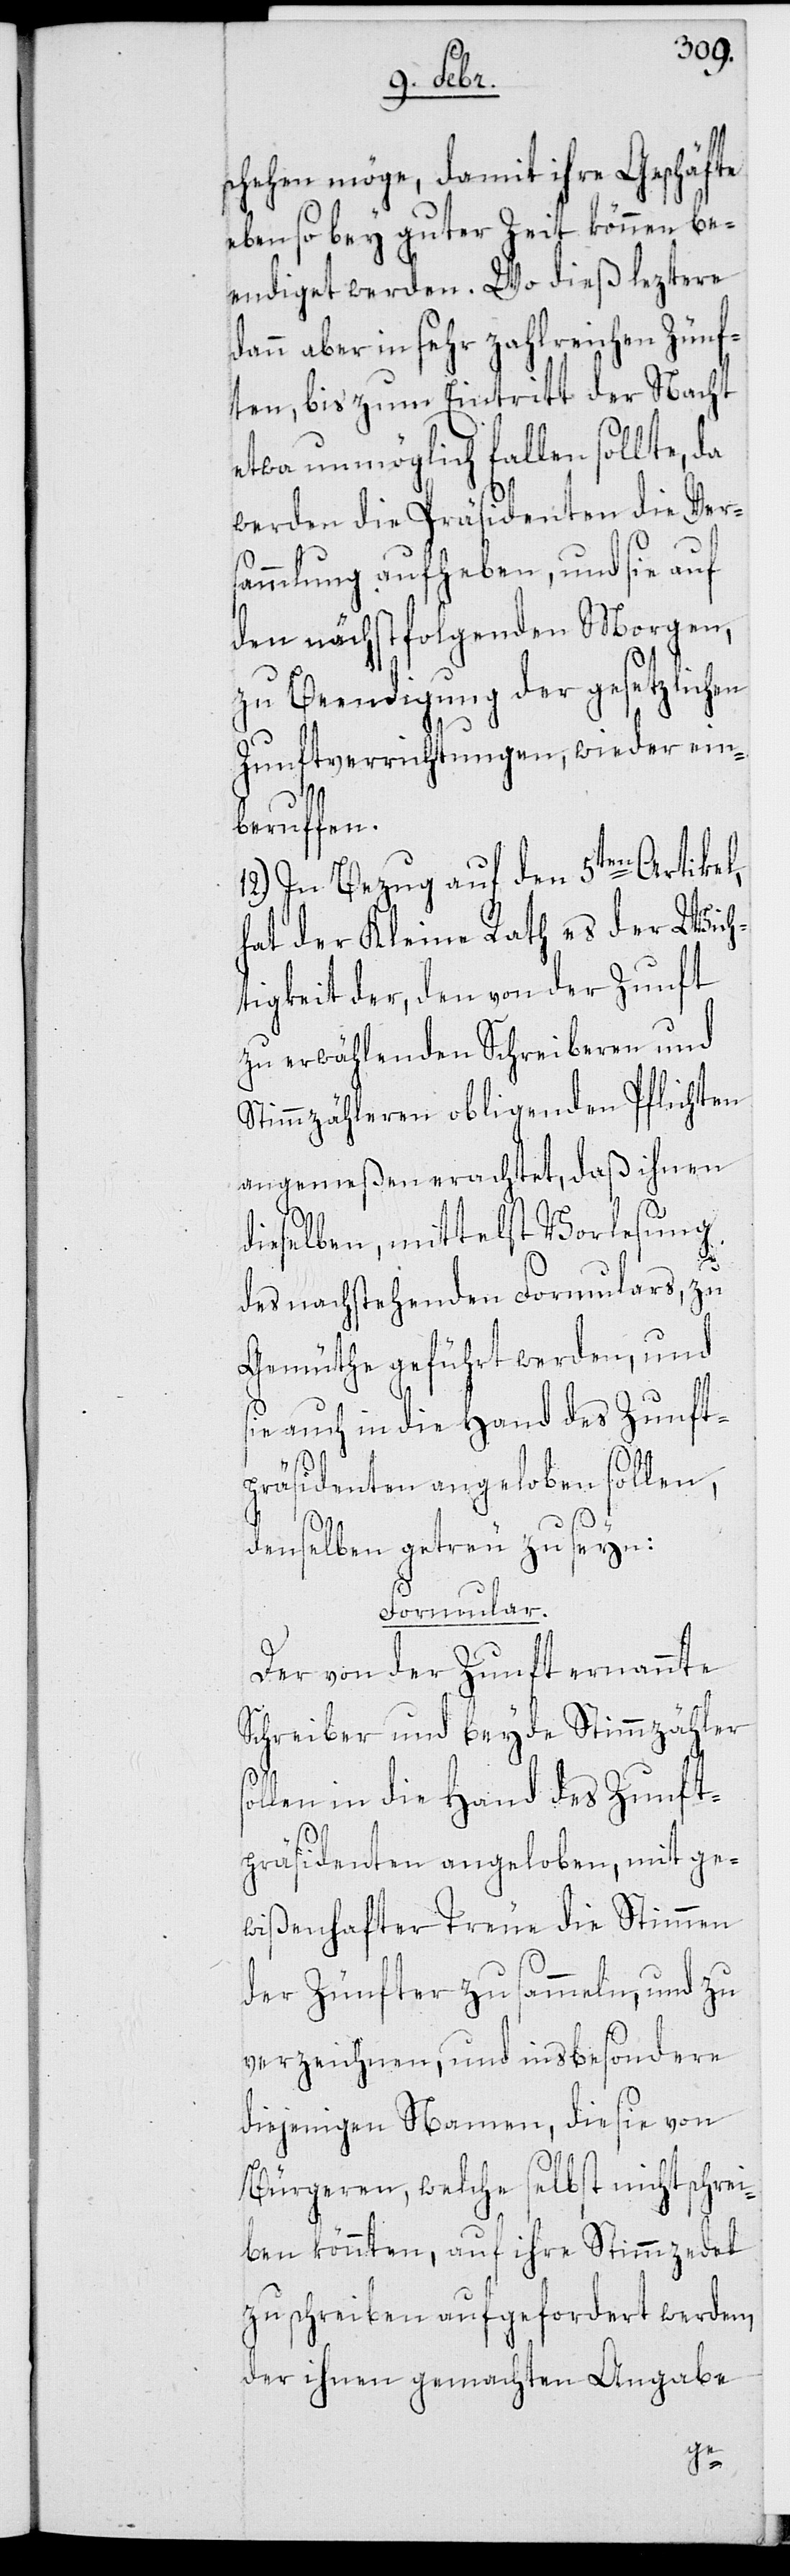
chehen möge, damit ihre Geschäfte
eben so bey guter Zeit können be¬
endiget werden. Wo dieß leztere
dann aber in sehr zahlreichen Zünf¬
ten, bis zum Eintritt der Nacht
etwa unmöglich fallen sollte, da
werden die Präsidenten die Vers¬
ammlung aufheben, und sie auf
den nächstfolgenden Morgen,
zu Beendigung der gesetzlichen
Zunftverrichtungen, wieder ein¬
beruffen.
12.) In Bezug auf den 5ten Artikel,
hat der Kleine Rath es der Wich¬
tigkeit der, den von der Zunft
zu erwählenden Schreiberen und
Stimmzähleren obliegenden Pflichten
angemeßen erachtet, daß ihnen
dieselben, mittelst Vorlesung
des nachstehenden Formulars, zu
Gemüthe geführt werden, und
sie auch in die Hand des Zunft¬
präsidenten angeloben sollen,
demselben getreu zu seyn:
Formular.
Der von der Zunft ernannte
Schreiber und beyde Stimmzähler
ollen in die Hand des Zunft¬
präsidenten angeloben, mit ge¬
wißenhafter Treue die Stimmen
der Zünfter zu sammeln, und zu
verzeichnen, und insbesondere
diejenigen Namen, die sie von
Bürgeren, welche selbst nicht schrei¬
ben könnten, auf ihre Stimmzedel
zu schreiben aufgefordert werden,
der ihnen gemachten Angabe
s¬